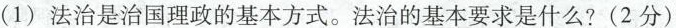
(1)法治是治国理政的基本方式。法治的基本要求是什么?(2分)